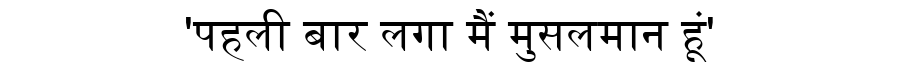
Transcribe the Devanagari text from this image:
'पहली बार लगा मैं मुसलमान हूं'